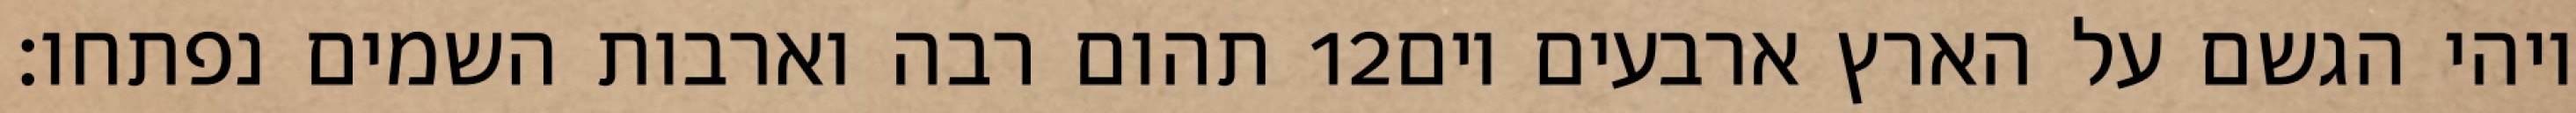
תהום רבה וארבות השמים נפתחו׃ ‎12‏ ויהי הגשם על הארץ ארבעים יום